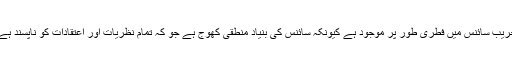
تخریب سائنس میں فطری طور پر موجود ہے کیونکہ سائنس کی بنیاد منطقی کھوج ہے جو کہ تمام نظریات اور اعتقادات کو ناپسند ہے ۔